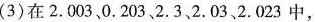
(3)在2.0 0 3、0 . 2 0 3、2 . 3、2 . 0 3、2 .0 2 3中，